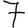
Digit: 7